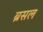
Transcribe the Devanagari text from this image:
ब्रसल